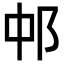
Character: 𬩵